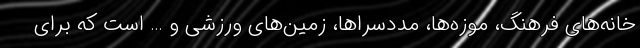
خانه‌های فرهنگ، موزه‌ها، مددسراها، زمین‌های ورزشی و … است که برای